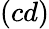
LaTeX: (cd)